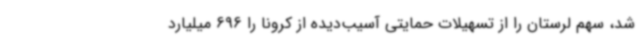
شد، سهم لرستان را از تسهیلات حمایتی آسیب‌دیده از کرونا را 696 میلیارد